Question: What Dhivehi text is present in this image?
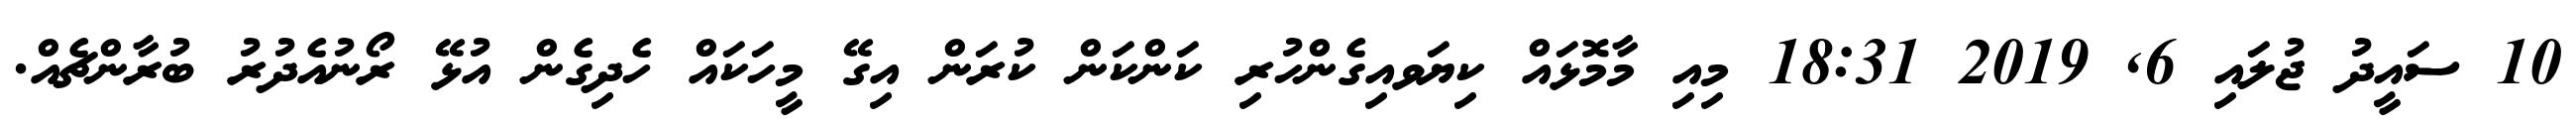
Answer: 10 ސައީދު ޖުލައި 6, 2019 18:31 މިއި މާމޮޅައް ކިޔަވއިގެންހުރި ކަންކަން ކުރަން އިގޭ މީހަކައް ހެދިގެން އުޅޭ ރޯނުއެދުރު ބުރާންޗެއް.